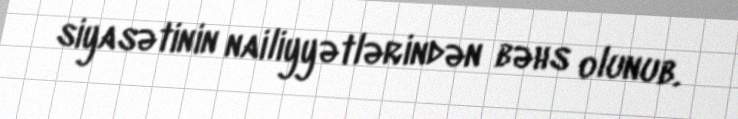
siyasətinin nailiyyətlərindən bəhs olunub.